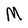
Character: M